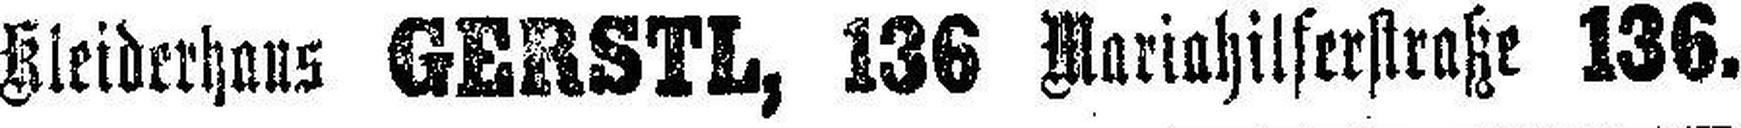
Kleiderhaus GERSTL, 136 Mariahilferstraße 136.